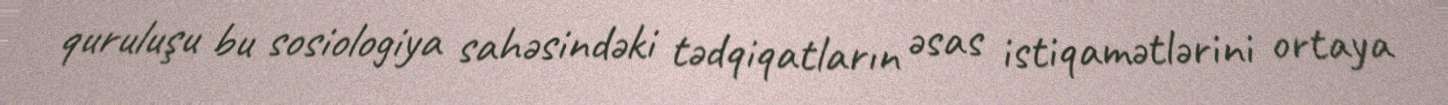
quruluşu bu sosiologiya sahəsindəki tədqiqatların əsas istiqamətlərini ortaya